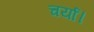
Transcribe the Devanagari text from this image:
चर्या।